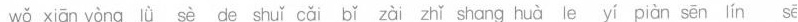
wǒ xiān yòng lǜ sè de shuǐ cǎi bǐ zàī zhǐ shang huà le yí piàn sēn lín sē